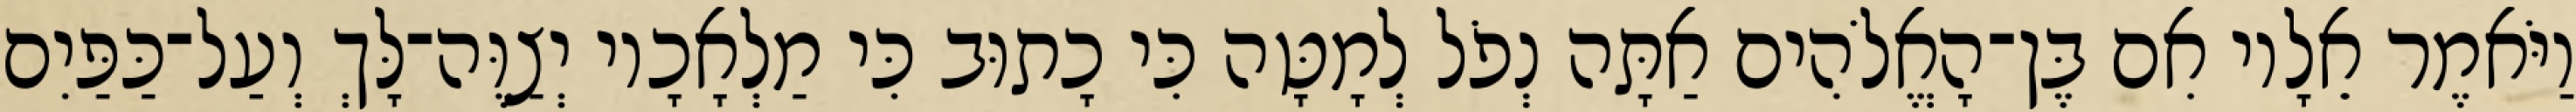
וַיֹּאמֶר אֵלָיו אִם בֶּן־הָאֱלֹהִים אַתָּה נְפֹל לְמָטָּה כִּי כָתוּב כִּי מַלְאָכָיו יְצַוֶּה־לָּךְ וְעַל־כַּפַּיִם